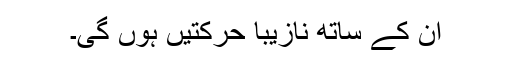
اُن کے ساتھ نازیبا حرکتیں ہوں گی۔